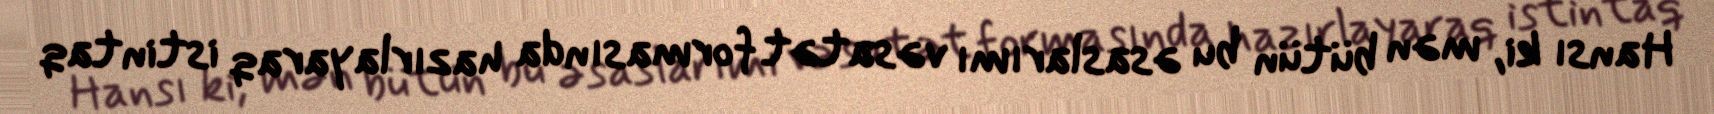
Hansı ki, mən bütün bu əsaslarımı vəsatət formasında hazırlayaraq istintaq